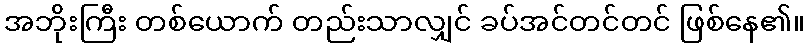
အဘိုးကြီး တစ်ယောက် တည်းသာလျှင် ခပ်အင်တင်တင် ဖြစ်နေ၏။